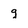
Character: g